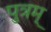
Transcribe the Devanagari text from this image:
पुत्रम्‌